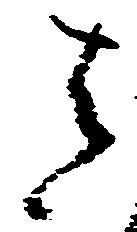
其